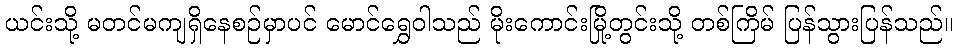
ယင်းသို့ မတင်မကျရှိနေစဉ်မှာပင် မောင်ရွှေဝါသည် မိုးကောင်းမြို့တွင်းသို့ တစ်ကြိမ် ပြန်သွားပြန်သည်။